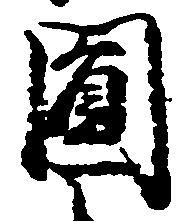
円